Indian Civil Veterinary Department memoirs
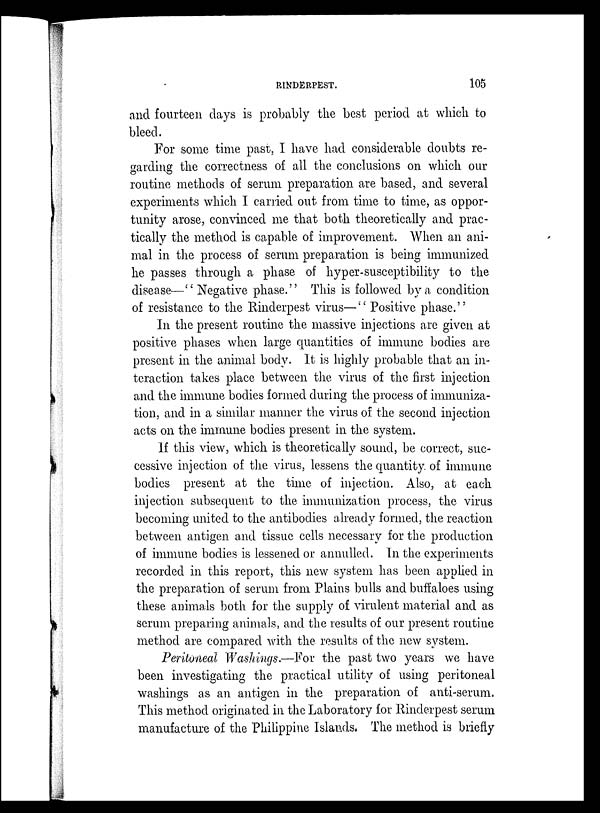
RINDERPEST.
105
and fourteen days is probably the best period at which to
bleed.
For some time past, I have had considerable doubts re-
garding the correctness of all the conclusions on which our
routine methods of serum preparation are based, and several
experiments which I carried out from time to time, as oppor-
tunity arose, convinced me that both theoretically and prac-
tically the method is capable of improvement. When an ani-
mal in the process of serum preparation is being immunized
he passes through a phase of hyper-susceptibility to the
disease—" Negative phase." This is followed by a condition
of resistance to the Rinderpest virus—" Positive phase."
In the present routine the massive injections are given at
positive phases when large quantities of immune bodies are
present in the animal body. It is highly probable that an in-
teraction takes place between the virus of the first injection
and the immune bodies formed during the process of immuniza-
tion, and in a similar manner the virus of the second injection
acts on the immune bodies present in the system.
If this view, which is theoretically sound, be correct, suc-
cessive injection of the virus, lessens the quantity of immune
bodies present at the time of injection. Also, at each
injection subsequent to the immunization process, the virus
becoming united to the antibodies already formed, the reaction
between antigen and tissue cells necessary for the production
of immune bodies is lessened or annulled. In the experiments
recorded in this report, this new system has been applied in
the preparation of serum from Plains bulls and buffaloes using
these animals both for the supply of virulent material and as
serum preparing animals, and the results of our present routine
method are compared with the results of the new system.
Peritoneal Washings.—For the past two years we have
been investigating the practical utility of using peritoneal
washings as an antigen in the preparation of anti-serum.
This method originated in the Laboratory for Rinderpest serum
manufacture of the Philippine Islands. The method is briefly